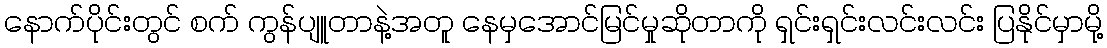
နောက်ပိုင်းတွင် စက် ကွန်ပျူတာနဲ့အတူ နေမှအောင်မြင်မှုဆိုတာကို ရှင်းရှင်းလင်းလင်း ပြနိုင်မှာမို့